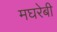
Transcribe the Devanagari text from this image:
मघरेबी